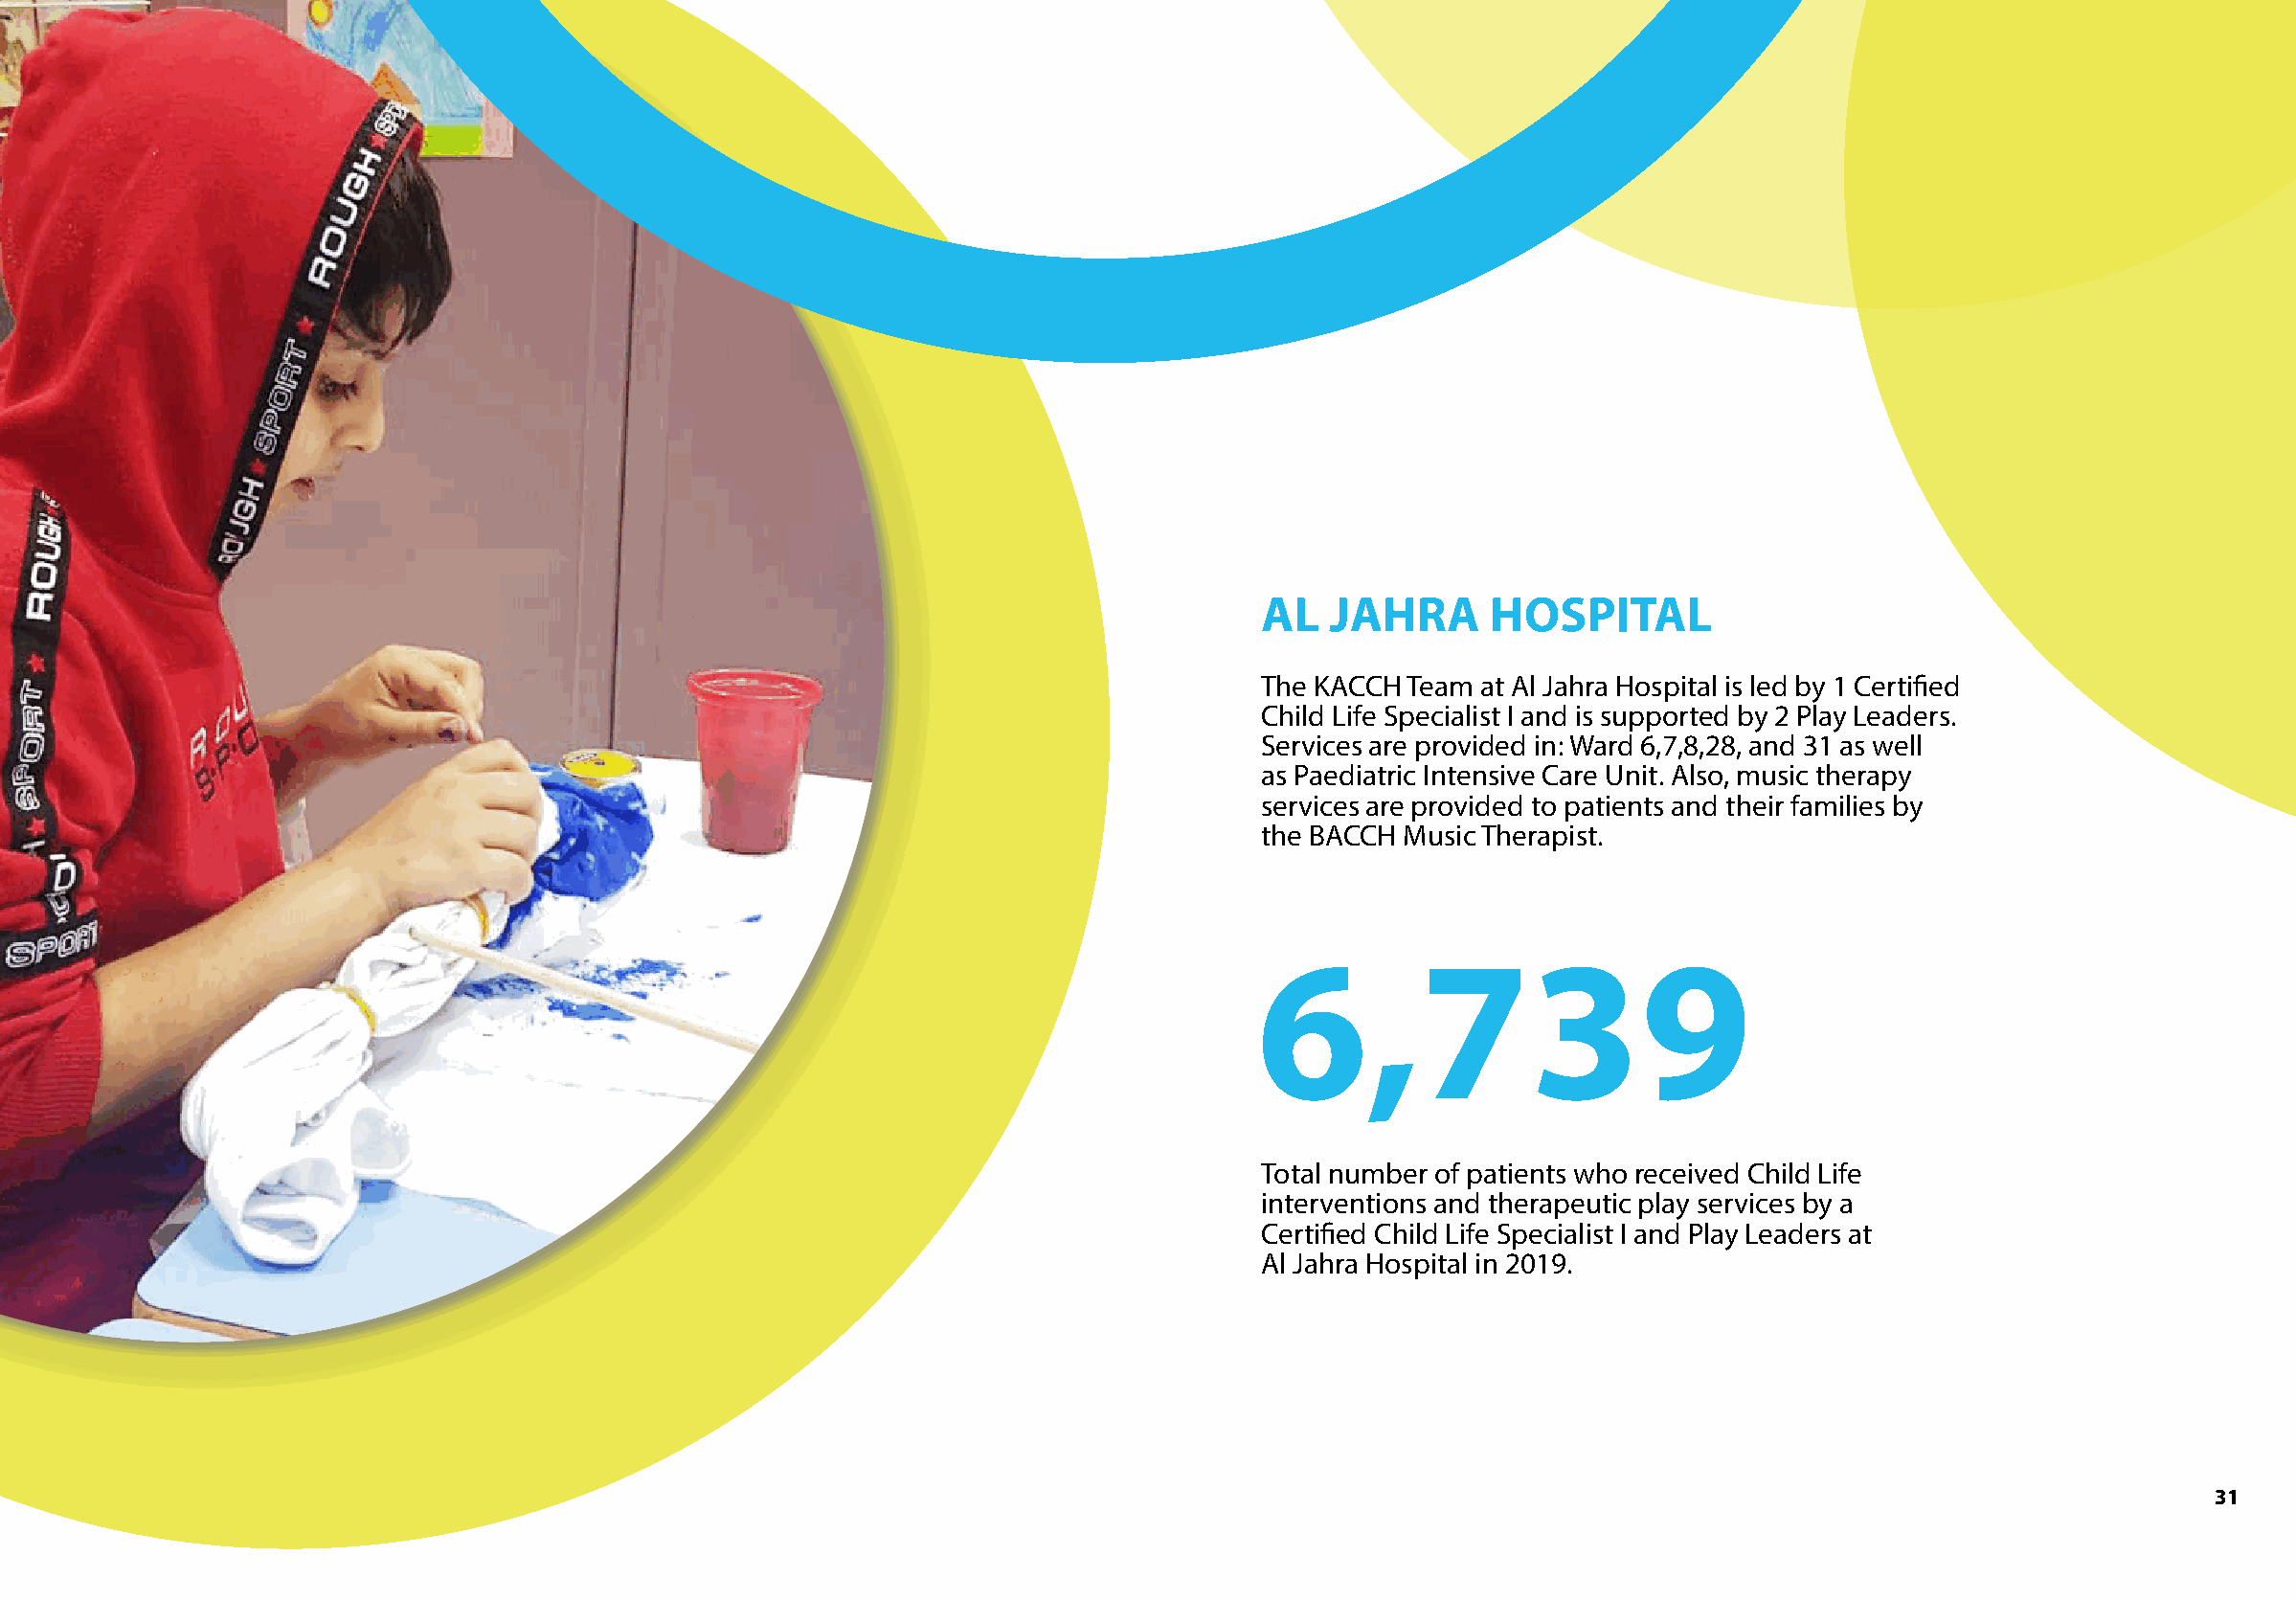
AL   JAHRA      HOSPITAL
 The KACCH Team at Al Jahra Hospital is led by 1 Certified
 Child Life Specialist I and is supported by 2 Play Leaders.
 Services are provided in: Ward 6,7,8,28, and 31 as well
 as Paediatric Intensive Care Unit. Also, music therapy
 services are provided to patients and their families by
 the BACCH Music Therapist.
 6,739
 Total number of patients who received Child Life
 interventions and therapeutic play services by a
 Certified Child Life Specialist I and Play Leaders at
 Al Jahra Hospital in 2019.
 31